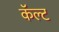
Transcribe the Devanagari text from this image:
कॅल्ट